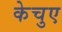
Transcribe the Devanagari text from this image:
केचुए